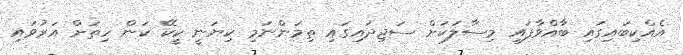
އެއްކިބައިގައި ބާއްވާފައި މިސާލަކަށް ސަޖިދައިގައި ތިމަންނަމި ކިޔަނީ ކީކޭ ކަން ހިތަށް އަރުވައި